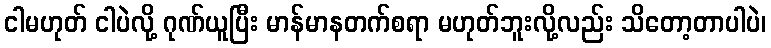
ငါမဟုတ် ငါပဲလို့ ဂုဏ်ယူပြီး မာန်မာနတက်စရာ မဟုတ်ဘူးလို့လည်း သိတော့တာပါပဲ၊